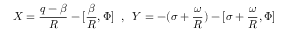
X = \frac { q - \beta } { R } - [ \frac { \beta } { R } , \Phi ] \; \; , \; \; Y = - ( \sigma + \frac { \omega } { R } ) - [ \sigma + \frac { \omega } { R } , \Phi ]